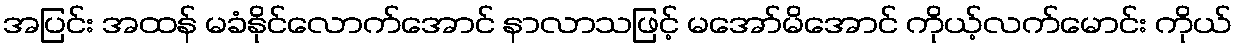
အပြင်း အထန် မခံနိုင်လောက်အောင် နာလာသဖြင့် မအော်မိအောင် ကိုယ့်လက်မောင်း ကိုယ်